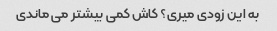
به این زودی میری؟ کاش کمی بیشتر می ماندی